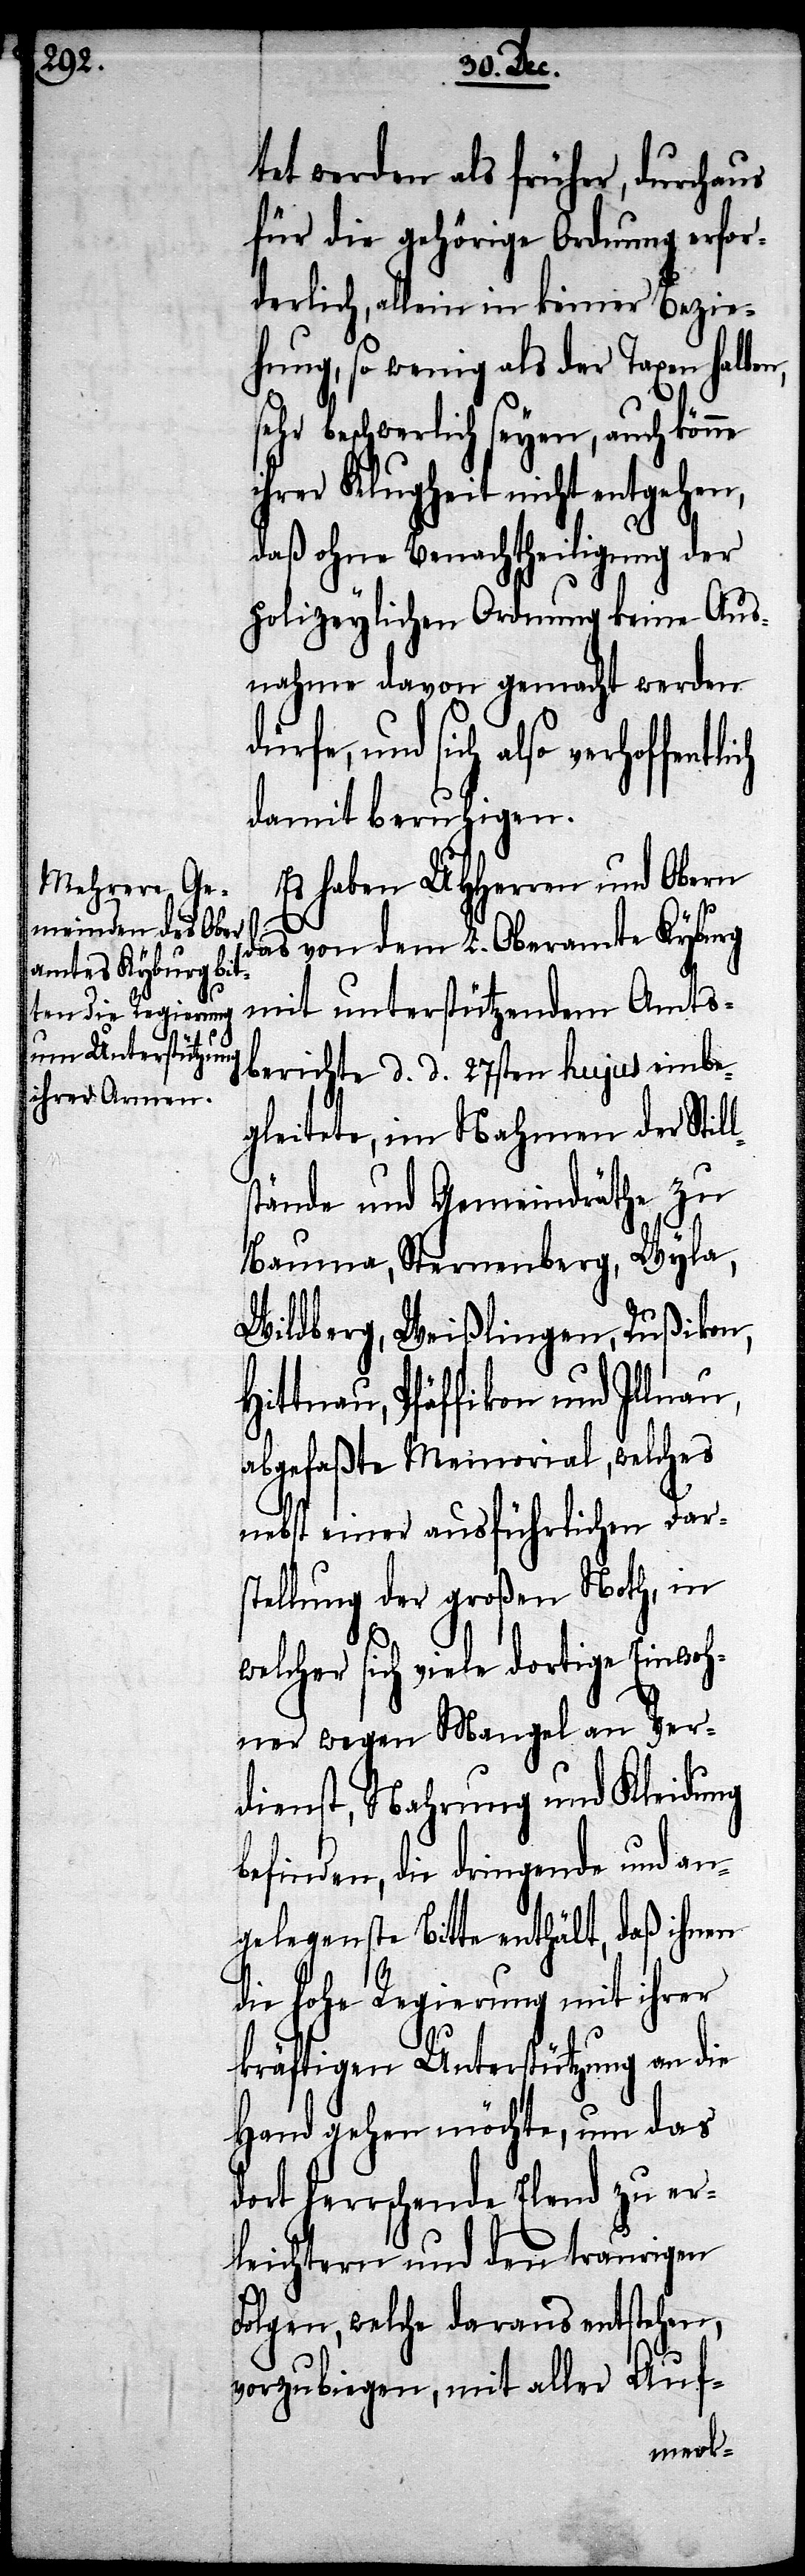
tet werden als früher, durchaus
für die gehörige Ordnung erfor¬
derlich, allein in keiner Bezie¬
hung, so wenig als der Taxen
sehr beschwerlich seyen, auch könne
ihrer Klugheit nicht entgehen,
daß ohne Benachtheiligung der
polizeylichen Ordnung keine Aus¬
nahme davon gemacht werden
dürfe, und sich also
damit beruhigen.
Es haben UHHerren und Obern
das von dem L. Oberamte Kyburg
mit unterstützendem Amts¬
berichte d. d. 27sten hujus einbe¬
gleitete, im Nahmen der Stil¬
stände und Gemeindräthe zu
Bauma, Sternenberg, Wyla,
Wildberg, Weißlingen, Rußikon,
Hittnau, Pfäffikon und Illnau,
abgefaßte Memorial, welches
nebst einer ausführlichen Dar¬
stellung der großen Noth, in
welcher sich viele dortige Einwoh¬
ner wegen Mangel an Ver¬
dienst, Nahrung und Kleidung
befinden, die dringende und an¬
gelegenste Bitte enthält, daß ihnen
die Hohe Regierung mit ihrer
kräftigen Unterstützung an die
Hand gehen möchte, um das
dort herrschende Elend zu er¬
leichtern und den traurigen
Folgen, welche daraus entstehen,
vorzubiegen, mit aller Auf-
l¬